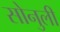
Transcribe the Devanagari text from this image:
सोनुली